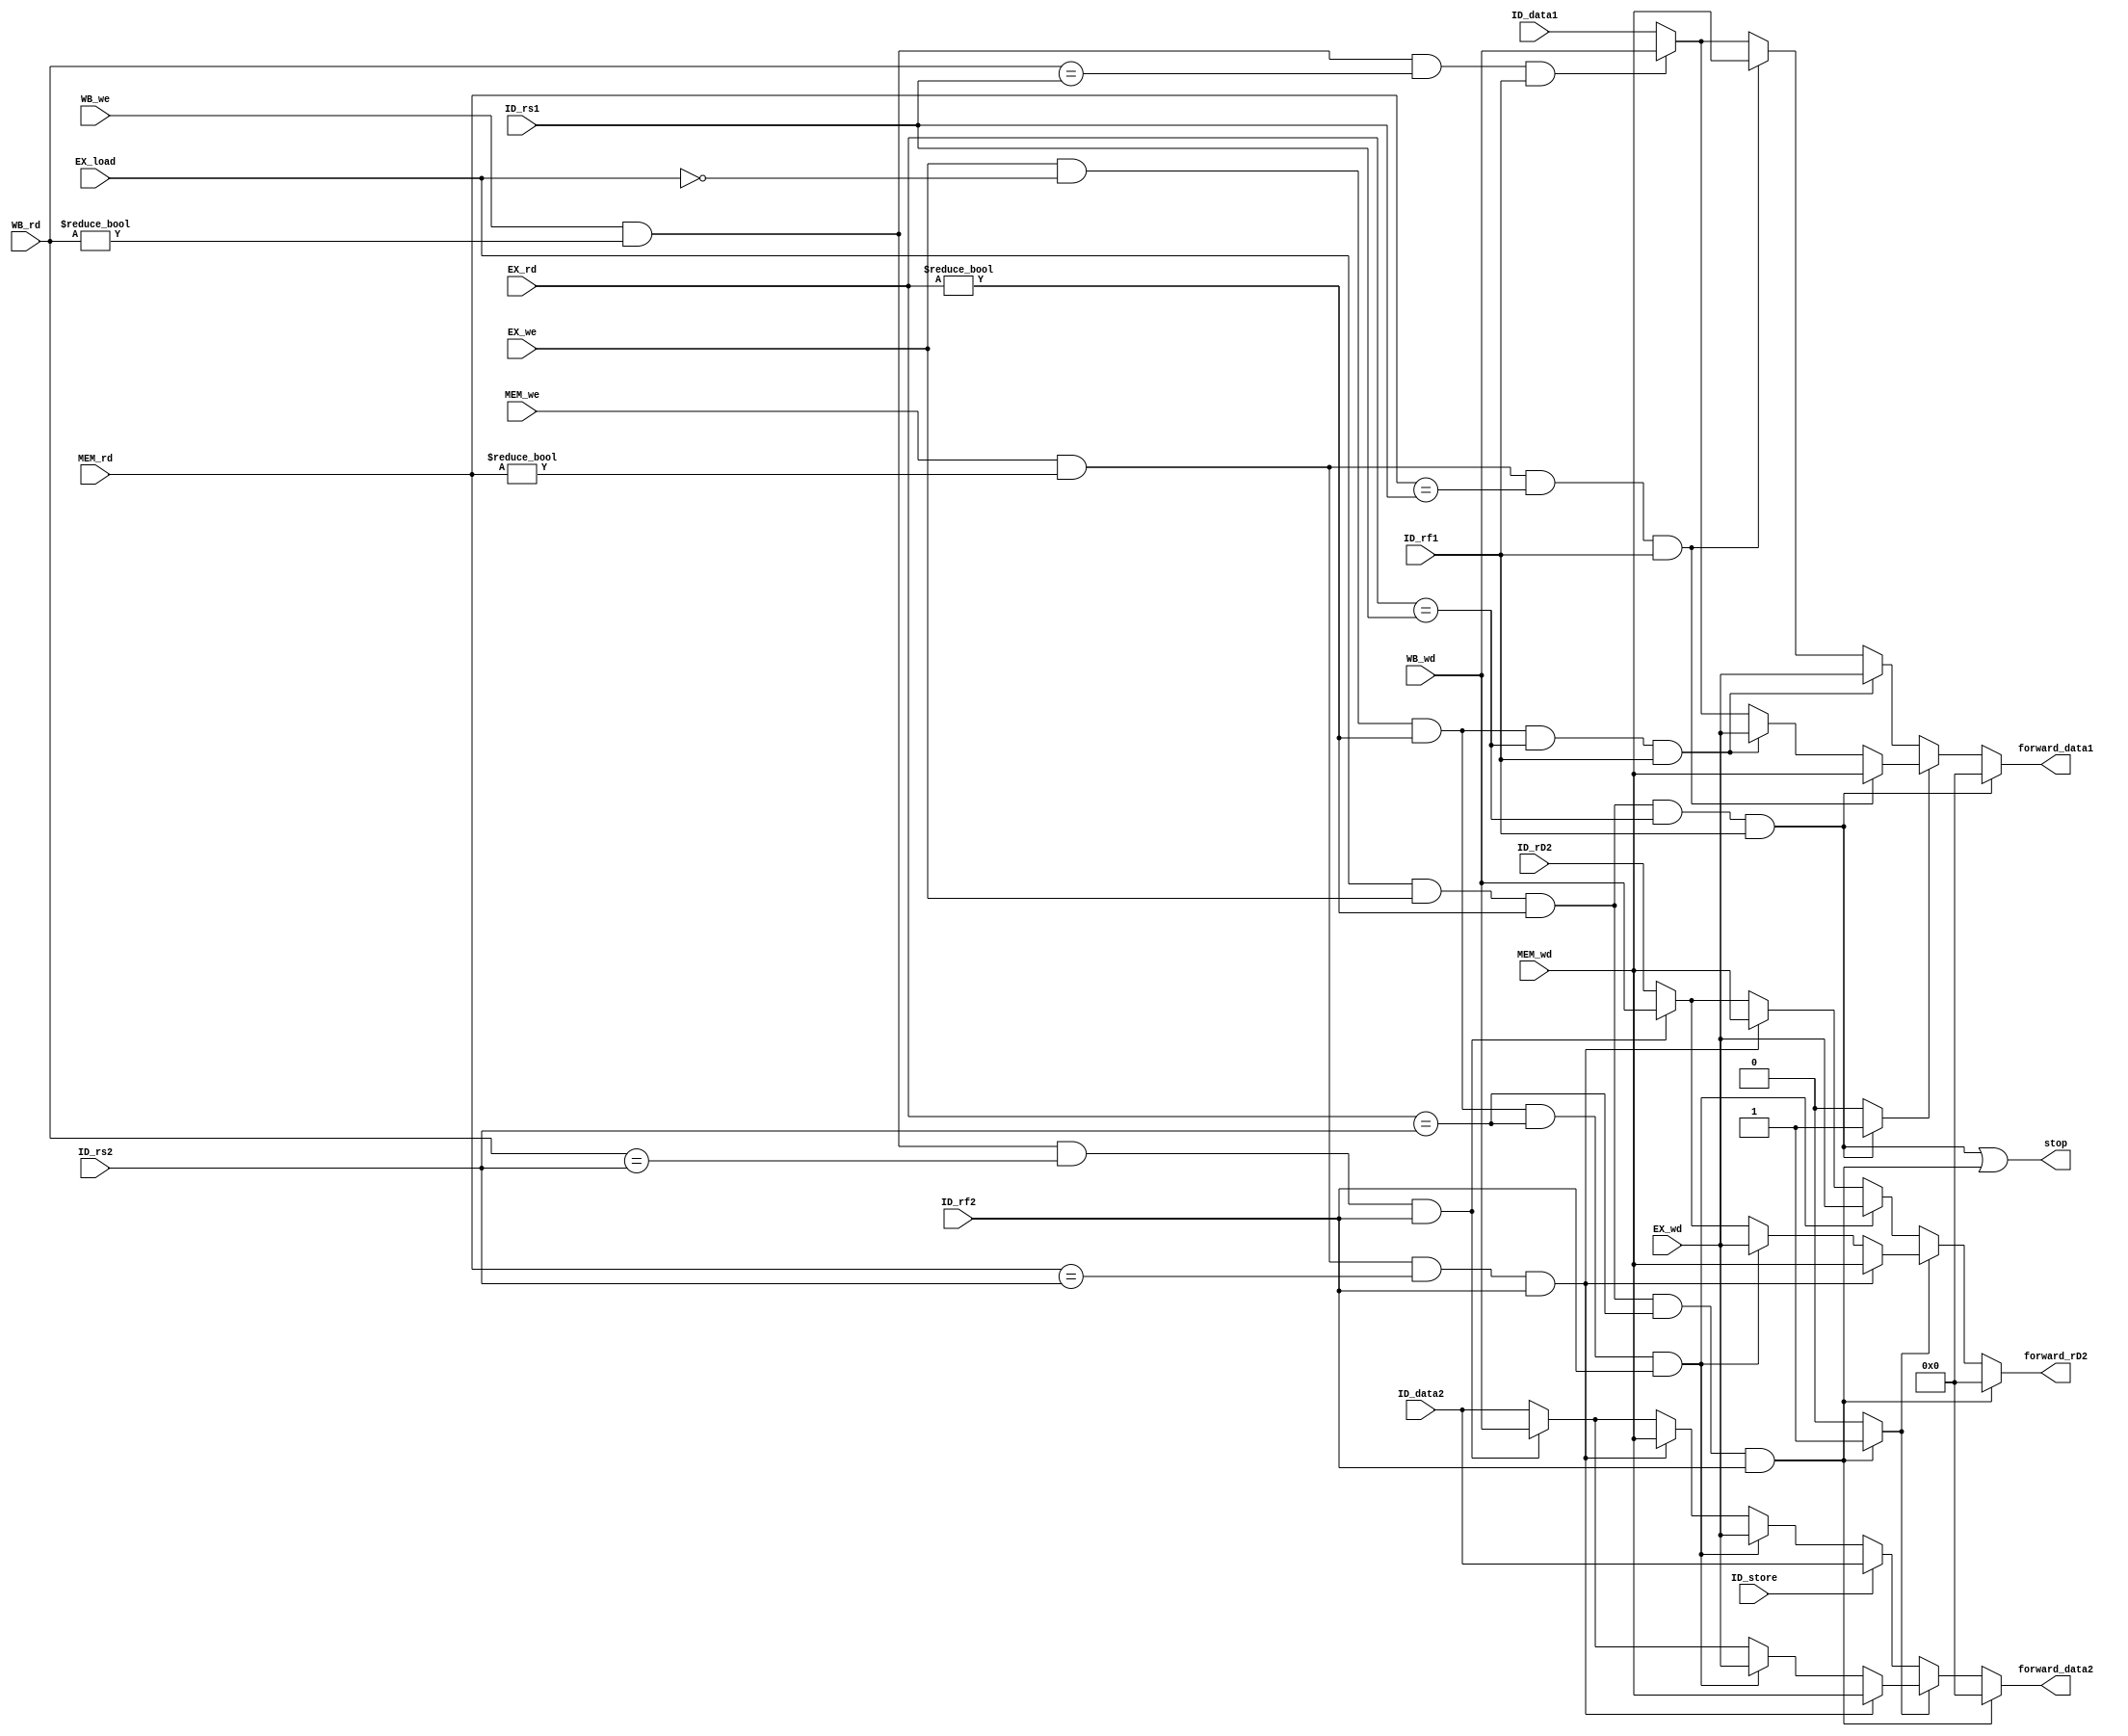
module Data_Hazard_Detection (
    // ID
    input [4:0] ID_rs1,
    input [4:0] ID_rs2,
    input [31:0] ID_data1, // rs1 data
    input [31:0] ID_data2, // rs2 data / imm
    input [31:0] ID_rD2, // rs2 data
    input ID_rf1, // rs1 read flag
    input ID_rf2, // rs2 read flag
    input ID_store, // ID stage store instruction flag
    // EX
    input [31:0] EX_wd,
    input [4:0] EX_rd,
    input EX_we,
    input EX_load, // EX stage load instruction flag
    // MEM
    input [31:0] MEM_wd,
    input [4:0] MEM_rd,
    input MEM_we,
    // WB
    input [4:0] WB_rd,
    input [31:0] WB_wd,
    input WB_we,
    output stop,
    output reg [31:0] forward_data1,
    output reg [31:0] forward_data2,
    output reg [31:0] forward_rD2
);

reg rs1_load_use_flag;
reg rs2_load_use_flag;

wire EX_rs1_load_use_hazard = EX_load && EX_we && (EX_rd != 5'b0) && (EX_rd == ID_rs1) && ID_rf1;
wire EX_rs2_load_use_hazard = EX_load && EX_we && (EX_rd != 5'b0) && (EX_rd == ID_rs2) && ID_rf2;

wire rs1_id_ex_hazard = EX_we && !EX_load && (EX_rd != 5'b0) && (EX_rd == ID_rs1) && ID_rf1;
wire rs2_id_ex_hazard = EX_we && !EX_load && (EX_rd != 5'b0) && (EX_rd == ID_rs2) && ID_rf2;

wire rs1_id_mem_hazard = MEM_we && (MEM_rd != 5'b0) && (MEM_rd == ID_rs1) && ID_rf1;
wire rs2_id_mem_hazard = MEM_we && (MEM_rd != 5'b0) && (MEM_rd == ID_rs2) && ID_rf2;

wire rs1_id_wb_hazard = WB_we && (WB_rd != 5'b0) && (WB_rd == ID_rs1) && ID_rf1;
wire rs2_id_wb_hazard = WB_we && (WB_rd != 5'b0) && (WB_rd == ID_rs2) && ID_rf2;

// assign forward_data1 = EX_rs1_load_use_hazard ? 32'b0  :
//                        rs1_id_ex_hazard       ? EX_wd  :
//                        rs1_id_mem_hazard      ? MEM_wd :
//                        rs1_id_wb_hazard       ? WB_wd  :
//                                                 ID_data1;

// assign forward_data2 = EX_rs2_load_use_hazard ? 32'b0  :
//                        rs2_id_ex_hazard       ? EX_wd  :
//                        rs2_id_mem_hazard      ? MEM_wd :
//                        rs2_id_wb_hazard       ? WB_wd  :
//                                                 ID_data2;

// forward_data1
always @(*) begin
    if (EX_rs1_load_use_hazard) begin
        rs1_load_use_flag = 1'b1;
        forward_data1 = 32'b0;
    end
    else if (rs1_load_use_flag) begin
        forward_data1 = rs1_id_mem_hazard      ? MEM_wd :
                        rs1_id_ex_hazard       ? EX_wd  :
                        rs1_id_wb_hazard       ? WB_wd  :
                                                ID_data1;
        rs1_load_use_flag = 1'b0;
    end
    else begin
        rs1_load_use_flag = 1'b0;
        forward_data1 = rs1_id_ex_hazard       ? EX_wd  :
                        rs1_id_mem_hazard      ? MEM_wd :
                        rs1_id_wb_hazard       ? WB_wd  :
                                                ID_data1;
    end
end

// forward_data2 and forward_rD2
always @(*) begin
    if (EX_rs2_load_use_hazard) begin
        rs2_load_use_flag = 1'b1;
        forward_data2 = 32'b0;
        forward_rD2 = 32'b0;
    end
    else if (rs2_load_use_flag) begin
        forward_data2 = rs2_id_mem_hazard      ? MEM_wd :
                        rs2_id_ex_hazard       ? EX_wd  :
                        rs2_id_wb_hazard       ? WB_wd  :
                                                ID_data2;
        forward_rD2 = rs2_id_mem_hazard      ? MEM_wd :
                      rs2_id_ex_hazard       ? EX_wd  :
                      rs2_id_wb_hazard       ? WB_wd  :
                                               ID_rD2;
        rs2_load_use_flag = 1'b0;
    end
    else if (ID_store) begin
        rs2_load_use_flag = 1'b0;
        forward_data2 = ID_data2;
        forward_rD2 = rs2_id_ex_hazard       ? EX_wd  :
                      rs2_id_mem_hazard      ? MEM_wd :
                      rs2_id_wb_hazard       ? WB_wd  :
                                               ID_rD2;
    end
    else begin
        rs2_load_use_flag = 1'b0;
        forward_data2 = rs2_id_ex_hazard       ? EX_wd  :
                        rs2_id_mem_hazard      ? MEM_wd :
                        rs2_id_wb_hazard       ? WB_wd  :
                                                ID_data2;
        forward_rD2 = rs2_id_ex_hazard       ? EX_wd  :
                      rs2_id_mem_hazard      ? MEM_wd :
                      rs2_id_wb_hazard       ? WB_wd  :
                                               ID_rD2;
    end
end

// forward_rD2
//always @(*) begin
//    if (EX_rs2_load_use_hazard) begin
//        rs2_load_use_flag = 1'b1;
//        forward_rD2 = 32'b0;
//    end
//    else if (rs2_load_use_flag) begin
//        forward_rD2 = rs2_id_mem_hazard      ? MEM_wd :
//                      rs2_id_ex_hazard       ? EX_wd  :
//                      rs2_id_wb_hazard       ? WB_wd  :
//                                               ID_rD2;
//        rs2_load_use_flag = 1'b0;
//    end
//    else begin
//        forward_rD2 = rs2_id_ex_hazard       ? EX_wd  :
//                      rs2_id_mem_hazard      ? MEM_wd :
//                      rs2_id_wb_hazard       ? WB_wd  :
//                                               ID_rD2;
//    end
//end

assign stop = EX_rs1_load_use_hazard || EX_rs2_load_use_hazard;

endmodule